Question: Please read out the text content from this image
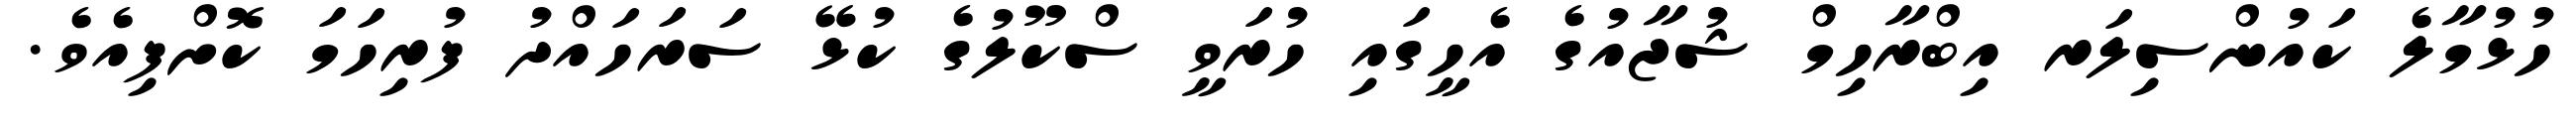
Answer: ހުޅުމާލެ ކައުންސިލަރ އިބްރާހިމް ޝުޖާއުގެ އެހީގައި ހުރަވީ ސްކޫލުގެ ކުޅޭ ސަރަހައްދު ފުރިހަމަ ކޮށްފިއެވެ.